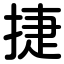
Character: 捷